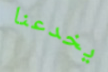
يخدعنا